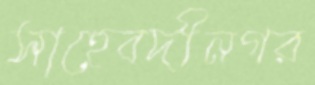
সাহেবদীনগর